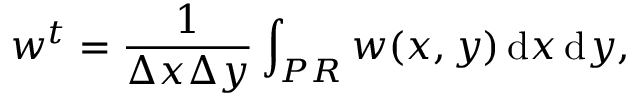
w ^ { t } = \frac { 1 } { \Delta x \Delta y } \int _ { P R } w ( x , y ) \, \mathrm { d } x \, \mathrm { d } y ,